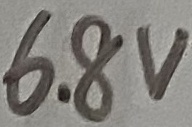
Text: 6.8V